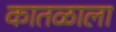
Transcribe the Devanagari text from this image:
कातळाला